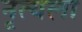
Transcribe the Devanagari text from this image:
नृत्यला